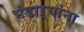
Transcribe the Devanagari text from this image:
भंडाऱ्यांना